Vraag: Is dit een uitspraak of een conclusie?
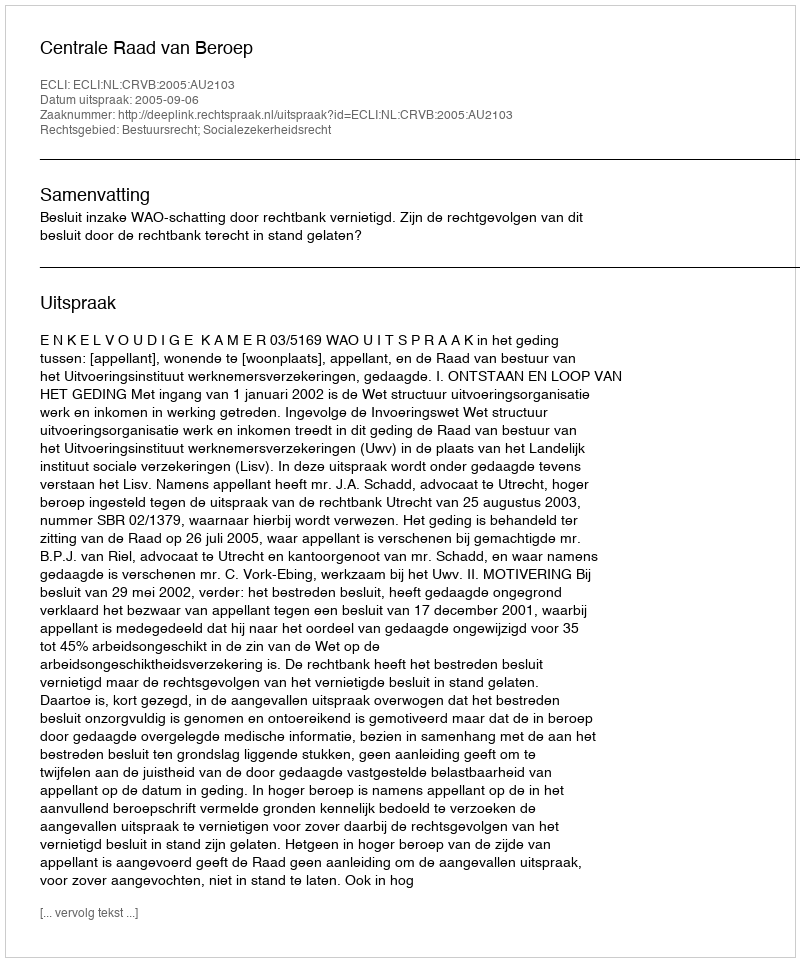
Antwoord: Uitspraak